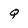
Character: Q